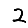
Digit: 2